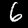
Digit: 6